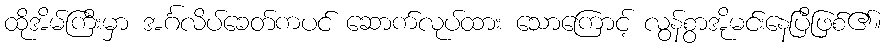
ထိုအိမ်ကြီးမှာ အင်္ဂလိပ်ခေတ်ကပင် ဆောက်လုပ်ထား သောကြောင့် လွန်စွာအိုမင်းနေပြီဖြစ်၏။